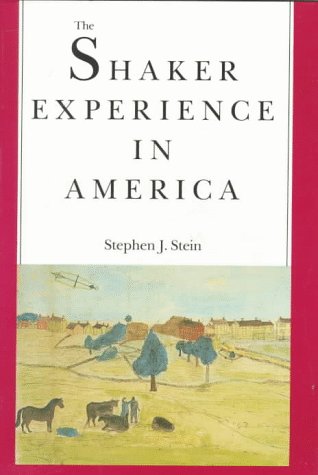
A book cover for The Shaker Experience in America: A History of the United Society of Believers; Professor Stephen J. Stein; Christian Books & Bibles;